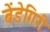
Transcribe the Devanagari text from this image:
बेंडेगिरी